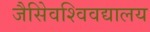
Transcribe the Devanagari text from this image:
जैसेिवश्विवद्यालय